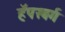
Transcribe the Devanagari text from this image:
हॅपस्बर्ग